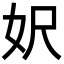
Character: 𡛄